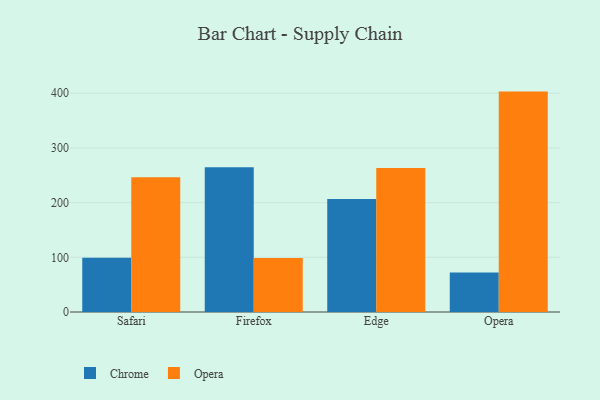
{"axis": {"x": "Browser", "y": "Operating Costs (USD K)"}, "legend": ["Chrome", "Opera"], "data": [{"x": "Safari", "y": 99.2, "type": "Chrome"}, {"x": "Safari", "y": 246.5, "type": "Opera"}, {"x": "Firefox", "y": 264.5, "type": "Chrome"}, {"x": "Firefox", "y": 98.9, "type": "Opera"}, {"x": "Edge", "y": 206.6, "type": "Chrome"}, {"x": "Edge", "y": 263.4, "type": "Opera"}, {"x": "Opera", "y": 72.2, "type": "Chrome"}, {"x": "Opera", "y": 402.9, "type": "Opera"}]}